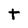
Character: t